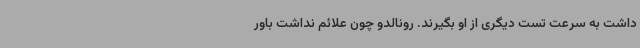
داشت به سرعت تست دیگری از او بگیرند. رونالدو چون علائم نداشت باور